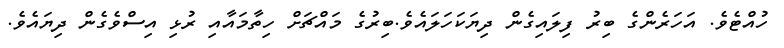
ހުއްޓެވެ. އަހަރެންގެ ބިރު ފިލައިގެން ދިޔަކަހަލައެވެ.ބިރުގެ މައްޗަށް ހިތާމައާއި ރުޅި އިސްވެގެން ދިޔައެވެ.